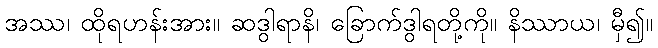
အဿ၊ ထိုရဟန်းအား။ ဆဒွါရာနိ၊ ခြောက်ဒွါရတို့ကို။ နိဿာယ၊ မှီ၍။